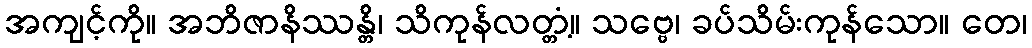
အကျင့်ကို။ အဘိဇာနိဿန္တိ၊ သိကုန်လတ္တံ့။ သဗ္ဗေ၊ ခပ်သိမ်းကုန်သော။ တေ၊